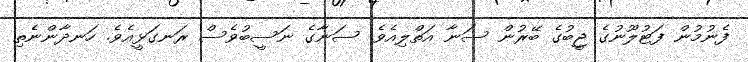
ފެނުމުން ފަޓުލޫނުގެ ޖީބުގެ ބޭރުން ސަނާ އަތްލިއެވެ. ސަނާގެ ނަސީބުވެސް ރަނގަޅީއެވެ. ހަނދާންނެތި